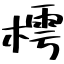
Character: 樗